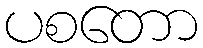
ပစတော